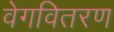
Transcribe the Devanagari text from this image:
वेगवितरण